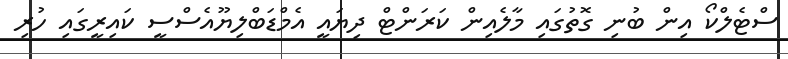
ސްޓެލްކޯ އިން ބުނި ގޮތުގައި މާލެއިން ކަރަންޓް ދިޔައީ އެމްޑަބްލިޔޫއެސްސީ ކައިރީގައި ހުރި